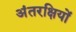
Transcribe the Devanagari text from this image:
अंतरक्षियों